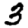
Digit: 3